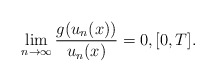
\begin{align*}\lim_{n\to \infty}\dfrac{g(u_{n}(x))}{u_{n}(x)}= 0, \mathopen{[}0,T\mathclose{]}.\end{align*}